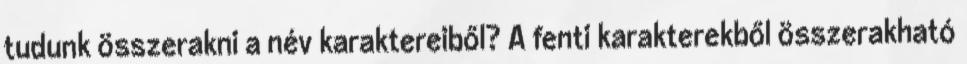
tudunk összerakni a név karaktereiből? A fenti karakterekből összerakható